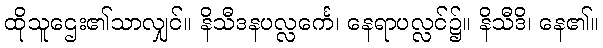
ထိုသူဌေး၏သာလျှင်။ နိသီဒနပလ္လင်္ကေ၊ နေရာပလ္လင်၌။ နိသီဒိ၊ နေ၏။